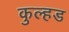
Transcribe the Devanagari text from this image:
कुल्हड